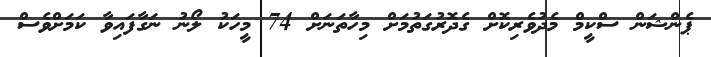
ޕެންޝަން ސްކީމް މެދުވެރިކޮށް ގެދޮރުގަތުމަށް މިހާތަނަށް 74 މީހަކު ލޯނު ނަގާފައިވާ ކަމަށްވެސް